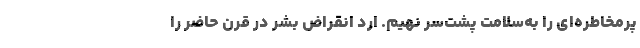
پرمخاطره‌ای را به‌سلامت پشت‌سر نهیم. اُرد انقراض بشر در قرن حاضر را